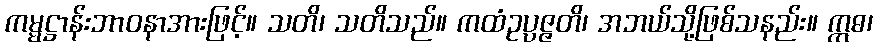
ကမ္မဋ္ဌာန်းဘာဝနာအားဖြင့်။ သတိ၊ သတိသည်။ ကထံဥပ္ပဇ္ဇတိ၊ အဘယ်သို့ဖြစ်သနည်း။ ဣဓ၊